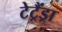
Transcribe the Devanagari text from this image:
टेट्रैंड्रा